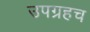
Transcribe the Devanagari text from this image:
उपग्रहच